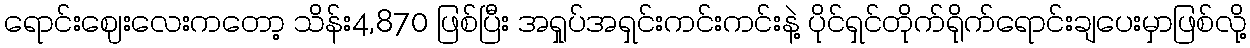
ရောင်းဈေးလေးကတော့ သိန်း4,870 ဖြစ်ပြီး အရှုပ်အရှင်းကင်းကင်းနဲ့ ပိုင်ရှင်တိုက်ရိုက်ရောင်းချပေးမှာဖြစ်လို့